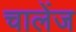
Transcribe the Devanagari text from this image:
चालेंज